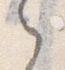
之